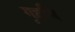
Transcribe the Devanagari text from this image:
गृहणि